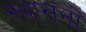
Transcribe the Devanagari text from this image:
स्थासनों